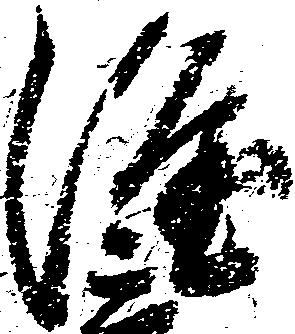
隆